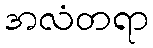
အလံတရာ